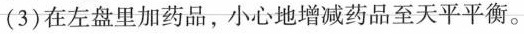
(3)在左盘里加药品，小心地增减药品至天平平衡。